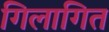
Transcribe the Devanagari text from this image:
गिलागित